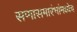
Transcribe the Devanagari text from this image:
सणासमारंभांमध्येच